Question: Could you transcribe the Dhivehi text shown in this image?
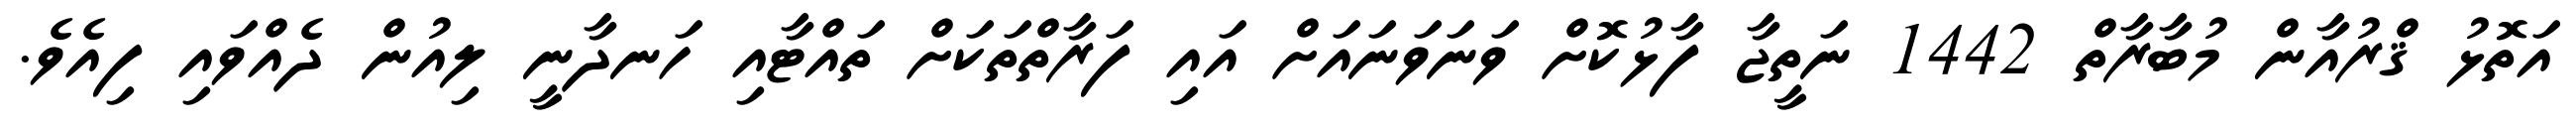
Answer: އަތޮޅު ޤްރުއާން މުބާރާތް 1442 ނަތީޖާ ފާޅުކޮށް ވަނަވަނައަށް އައި ފަރާތްތަކަށް ތައްޓާއި ހަނދާނީ ލިއުން ދެއްވައި ފިއެވެ.